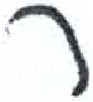
אות: ר